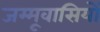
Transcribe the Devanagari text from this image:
जम्मूवासियों